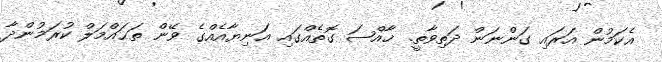
އެކަމުން އަރައި ގަންނަން ދަތިވާތީ. ޚާއްޞަ ގޮތެއްގައި އަނިޔާއެއްގެ ވޭން ތަޙައްމަލް ކުރަމުންދާ